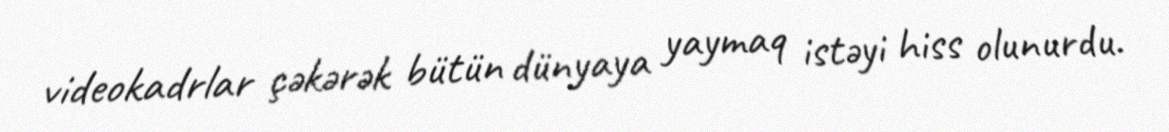
videokadrlar çəkərək bütün dünyaya yaymaq istəyi hiss olunurdu.